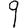
Digit: 9